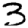
Digit: 3